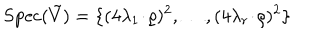
LaTeX: \mathrm { S p e c } ( \tilde { V } ) = \{ ( 4 \lambda _ { 1 } \! \cdot \! \varrho ) ^ { 2 } , \ldots , ( 4 \lambda _ { r } \! \cdot \! \varrho ) ^ { 2 } \}